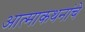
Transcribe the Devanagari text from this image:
आत्माकथनांचे